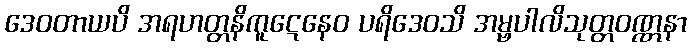
ဒေဝတာယပိ အရဟတ္တနိကူဋေနေဝ ပရိဒေဝသိ အမ္ဗပါလိသုတ္တဝဏ္ဏနာ